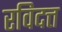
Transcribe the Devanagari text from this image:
रविदत्त